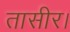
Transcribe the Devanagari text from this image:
तासीर।